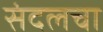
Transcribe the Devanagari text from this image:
संदलचा